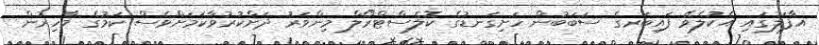
އާފަލުގައި އެކުލެވޭ ފައިބަރގެ ސަބަބުން ހަށިގަނޑުގެ ކޮލެސްޓްރޯލް މިންވަރު ދަށްކުރުވާކަމަށްވެސް ކަމުގެ މާހިރުން